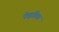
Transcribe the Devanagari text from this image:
फेइडिया